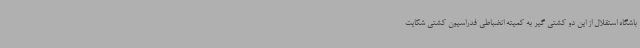
باشگاه استقلال از این دو کشتی گیر به کمیته انضباطی فدراسیون کشتی شکایت